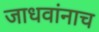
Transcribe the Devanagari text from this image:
जाधवांनाच